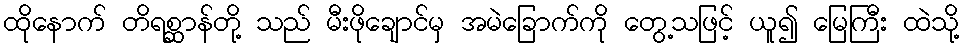
ထိုနောက် တိရစ္ဆာန်တို့ သည် မီးဖိုချောင်မှ အမဲခြောက်ကို တွေ့သဖြင့် ယူ၍ မြေကြီး ထဲသို့